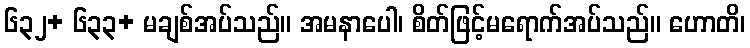
၆၃၂+ ၆၃၃+ မချစ်အပ်သည်။ အမနာပေါ၊ စိတ်ဖြင့်မရောက်အပ်သည်။ ဟောတိ၊